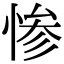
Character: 惨